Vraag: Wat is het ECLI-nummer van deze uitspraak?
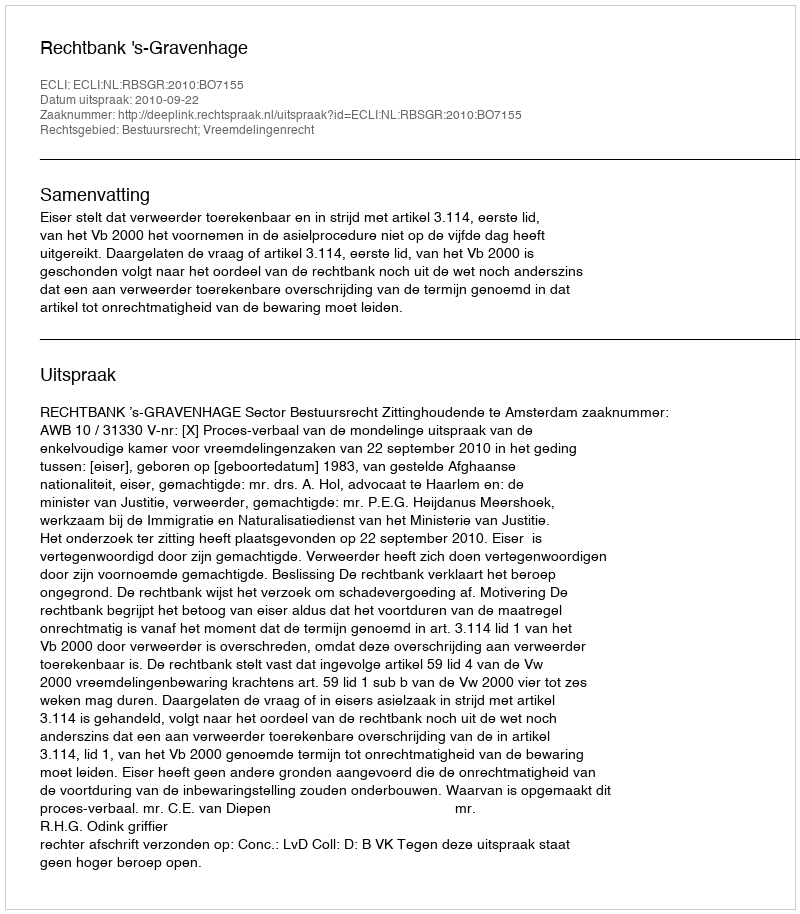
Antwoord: ECLI:NL:RBSGR:2010:BO7155